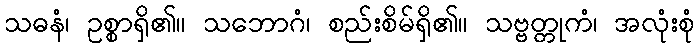
သဓနံ၊ ဥစ္စာရှိ၏။ သဘောဂံ၊ စည်းစိမ်ရှိ၏။ သဗ္ဗတ္တုကံ၊ အလုံးစုံ